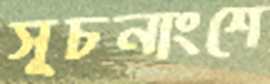
সূচনাংশে